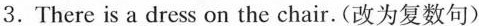
3.There is a dress on the chair.(改为复数句)